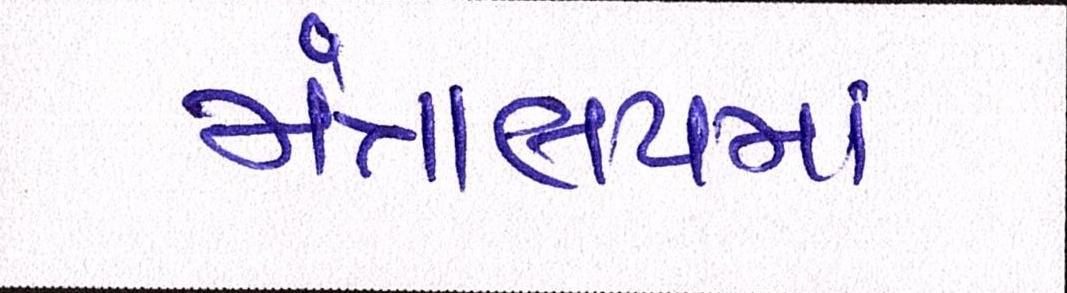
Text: મંત્રાલયમાં